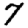
Digit: 7